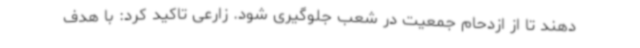
دهند تا از ازدحام جمعیت در شعب جلوگیری شود. زارعی تاکید کرد: با هدف